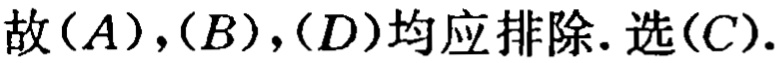
故\((A),(B),(D)\)均应排除. 选\((C)\).